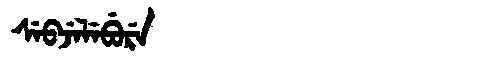
Manchu: ᠰᡝᠪᠵᡝᠯᡝᠪᡠᡵᡝ
Romanization: SEBJELEBURE